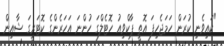
"ކައިވެނި ކުރަން ހަމަޖެހިފަ އޮތީ ޕާކްވިއު ހޮޓެލްގަ ހުންނަ އަހަރެންގެ ކޮޓަރީގަ ޝާއިން